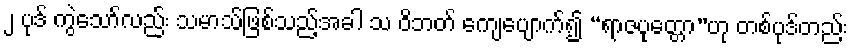
၂ ပုဒ် ကွဲသော်လည်း သမာသ်ဖြစ်သည့်အခါ သ ဝိဘတ် ကျေပျောက်၍ “ရာဇပုတ္တော”ဟု တစ်ပုဒ်တည်း